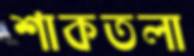
শাকতলা